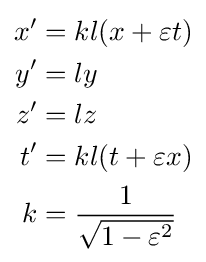
{\begin{aligned}x^{\prime }&=kl(x+\varepsilon t)\\y^{\prime }&=ly\\z^{\prime }&=lz\\t'&=kl(t+\varepsilon x)\\k&={\frac {1}{\sqrt {1-\varepsilon ^{2}}}}\end{aligned}}